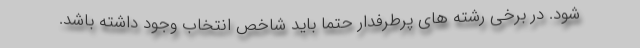
شود. در برخی رشته های پرطرفدار حتما باید شاخص انتخاب وجود داشته باشد.